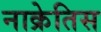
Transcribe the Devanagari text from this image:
नाक्रेतिस